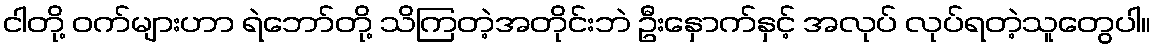
ငါတို့ ဝက်များဟာ ရဲဘော်တို့ သိကြတဲ့အတိုင်းဘဲ ဦးနှောက်နှင့် အလုပ် လုပ်ရတဲ့သူတွေပါ။